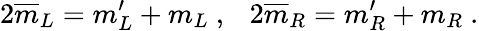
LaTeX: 2\overline{{{m}}}_{L}=m_{L}^{\prime}+m_{L}\ ,\ \ \ 2\overline{{{m}}}_{R}=m_{R}^{\prime}+m_{R}\ .